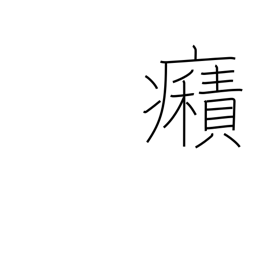
Meaning: spasms